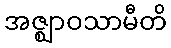
အဇ္ဈာဝသာမီတိ